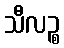
သီလဉ္စ